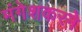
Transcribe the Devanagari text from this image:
मंगेशकरने